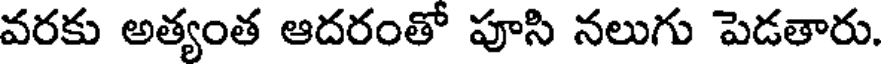
వరకు అత్యంత ఆదరంతో పూసి నలుగు పెడతారు.